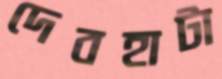
দেবহাটা